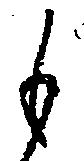
も